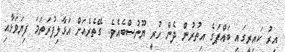
އިރު ކައިރީގައި ބައްޕަގެ އިތުރުން ދެން ހުރީ ޔޫނުސްބެއެވެ. ގޭތެރެއަށް އަޅާލިފުރަތަމަ ފިޔަވަޅާއި